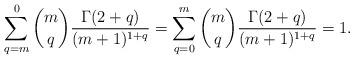
LaTeX: \begin{align*}\sum_{q=m}^{0}{m\choose q}\frac{\Gamma(2+q)}{(m+1)^{1+q}}=\sum_{q=0}^{m}{m\choose q}\frac{\Gamma(2+q)}{(m+1)^{1+q}}=1.\end{align*}